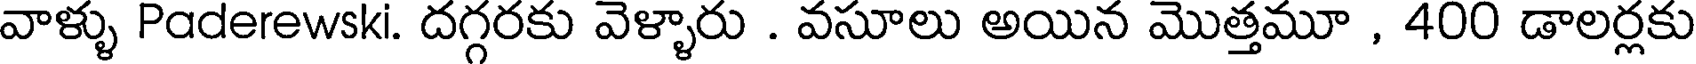
వాళ్ళు Paderewski. దగ్గరకు వెళ్ళారు . వసూలు అయిన మొత్తమూ , 400 డాలర్లకు